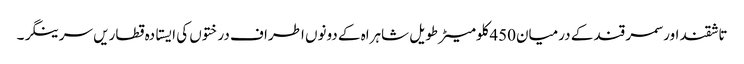
تاشقند اور سمر قند کے درمیان450کلومیٹر طویل شاہراہ کے دونوں اطراف درختوں کی ایستادہ قطاریں سرینگر۔